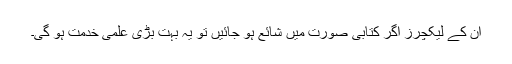
ان کے لیکچرز اگر کتابی صورت میں شائع ہو جائیں تو یہ بہت بڑی علمی خدمت ہو گی۔